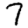
Digit: 7